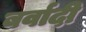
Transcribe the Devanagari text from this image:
बर्वादी